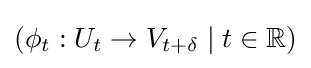
(\phi _{t}:U_{t}\to V_{t+\delta }\mid t\in \mathbb {R} )